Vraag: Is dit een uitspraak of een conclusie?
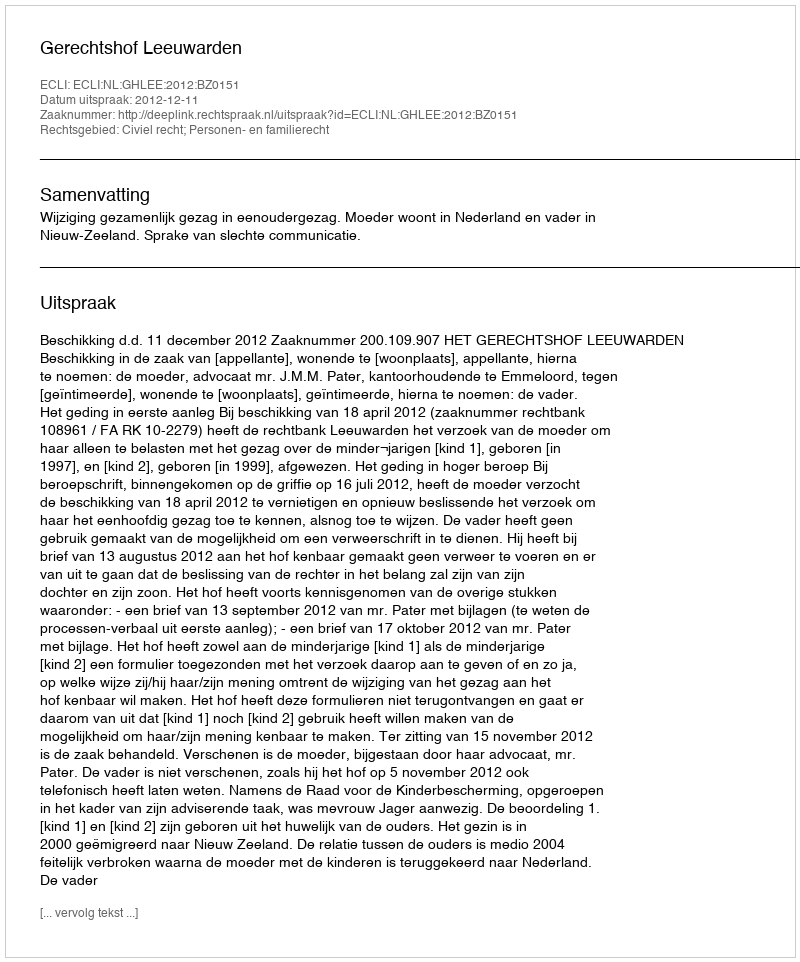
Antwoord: Uitspraak